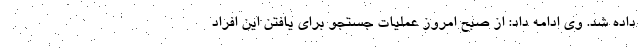
داده شد. وی ادامه داد: از صبح امروز عملیات جستجو برای یافتن این افراد